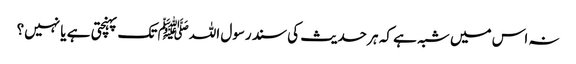
نہ اس میں شبہ ہے کہ ہر حدیث کی سند رسول اللہﷺ تک پہنچتی ہے یا نہیں؟